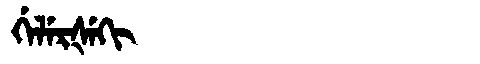
Manchu: ᡤᡝᠯᡝᡵᡧᡝᡴᡳ
Romanization: GELERŠEKI